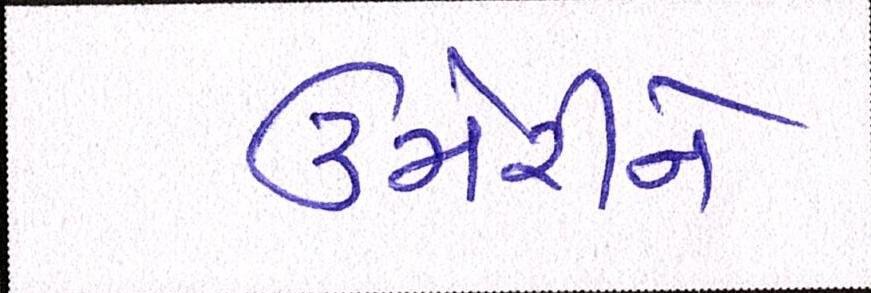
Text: ઉમેરીને